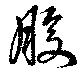
股